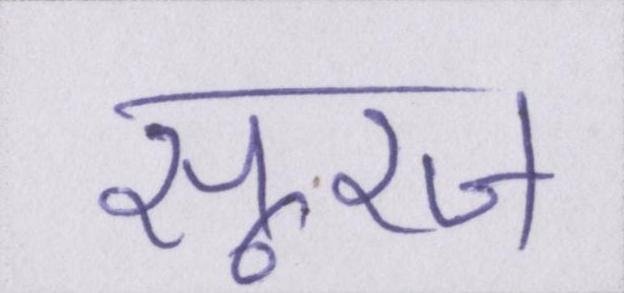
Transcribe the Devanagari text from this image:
सूरज